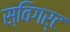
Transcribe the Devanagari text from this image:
स्विगर्ट